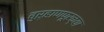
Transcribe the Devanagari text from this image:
बुऱ्हाणपूरच्या